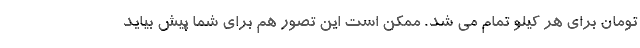
تومان برای هر کیلو تمام می شد. ممکن است این تصور هم برای شما پیش بیاید